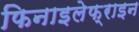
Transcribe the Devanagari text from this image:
फिनाइलेफ्राइन